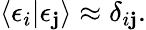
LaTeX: \langle\epsilon_{i}|\epsilon_{\mathbf{j}}\rangle\approx\delta_{i\mathbf{j}}.